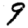
Digit: 9